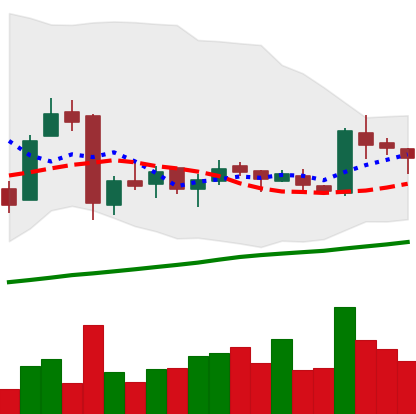
Ticker: LTC-USD
Chart end date: 2016-01-10
Forward return: -15.267%
Label: down_7plus